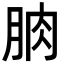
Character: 朒